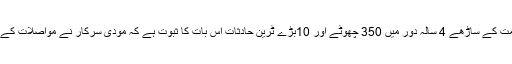
بھارتیوں کا ماننا ہے کہ مودی حکومت کے ساڑھے 4 سالہ دور میں 350 چھوٹے اور 10بڑے ٹرین حادثات اس بات کا ثبوت ہے کہ مودی سرکار نے مواصلات کے اس اہم شعبے پر بھی توجہ نہیں دی۔